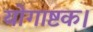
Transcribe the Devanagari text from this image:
योगाष्टक।